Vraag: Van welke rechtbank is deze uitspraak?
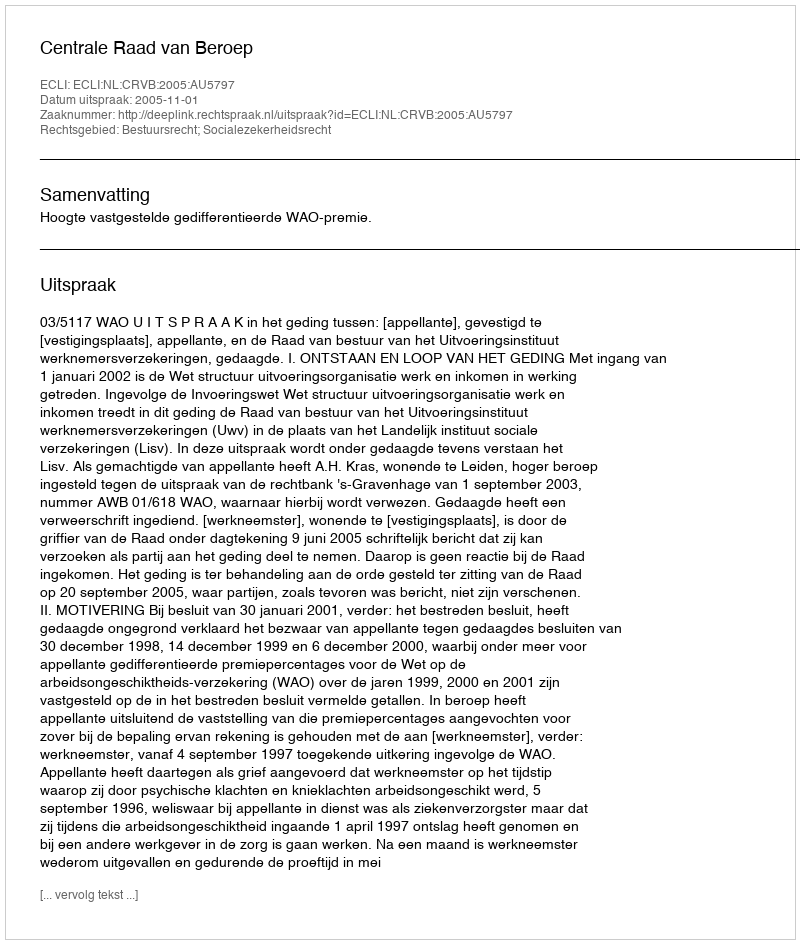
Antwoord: Centrale Raad van Beroep